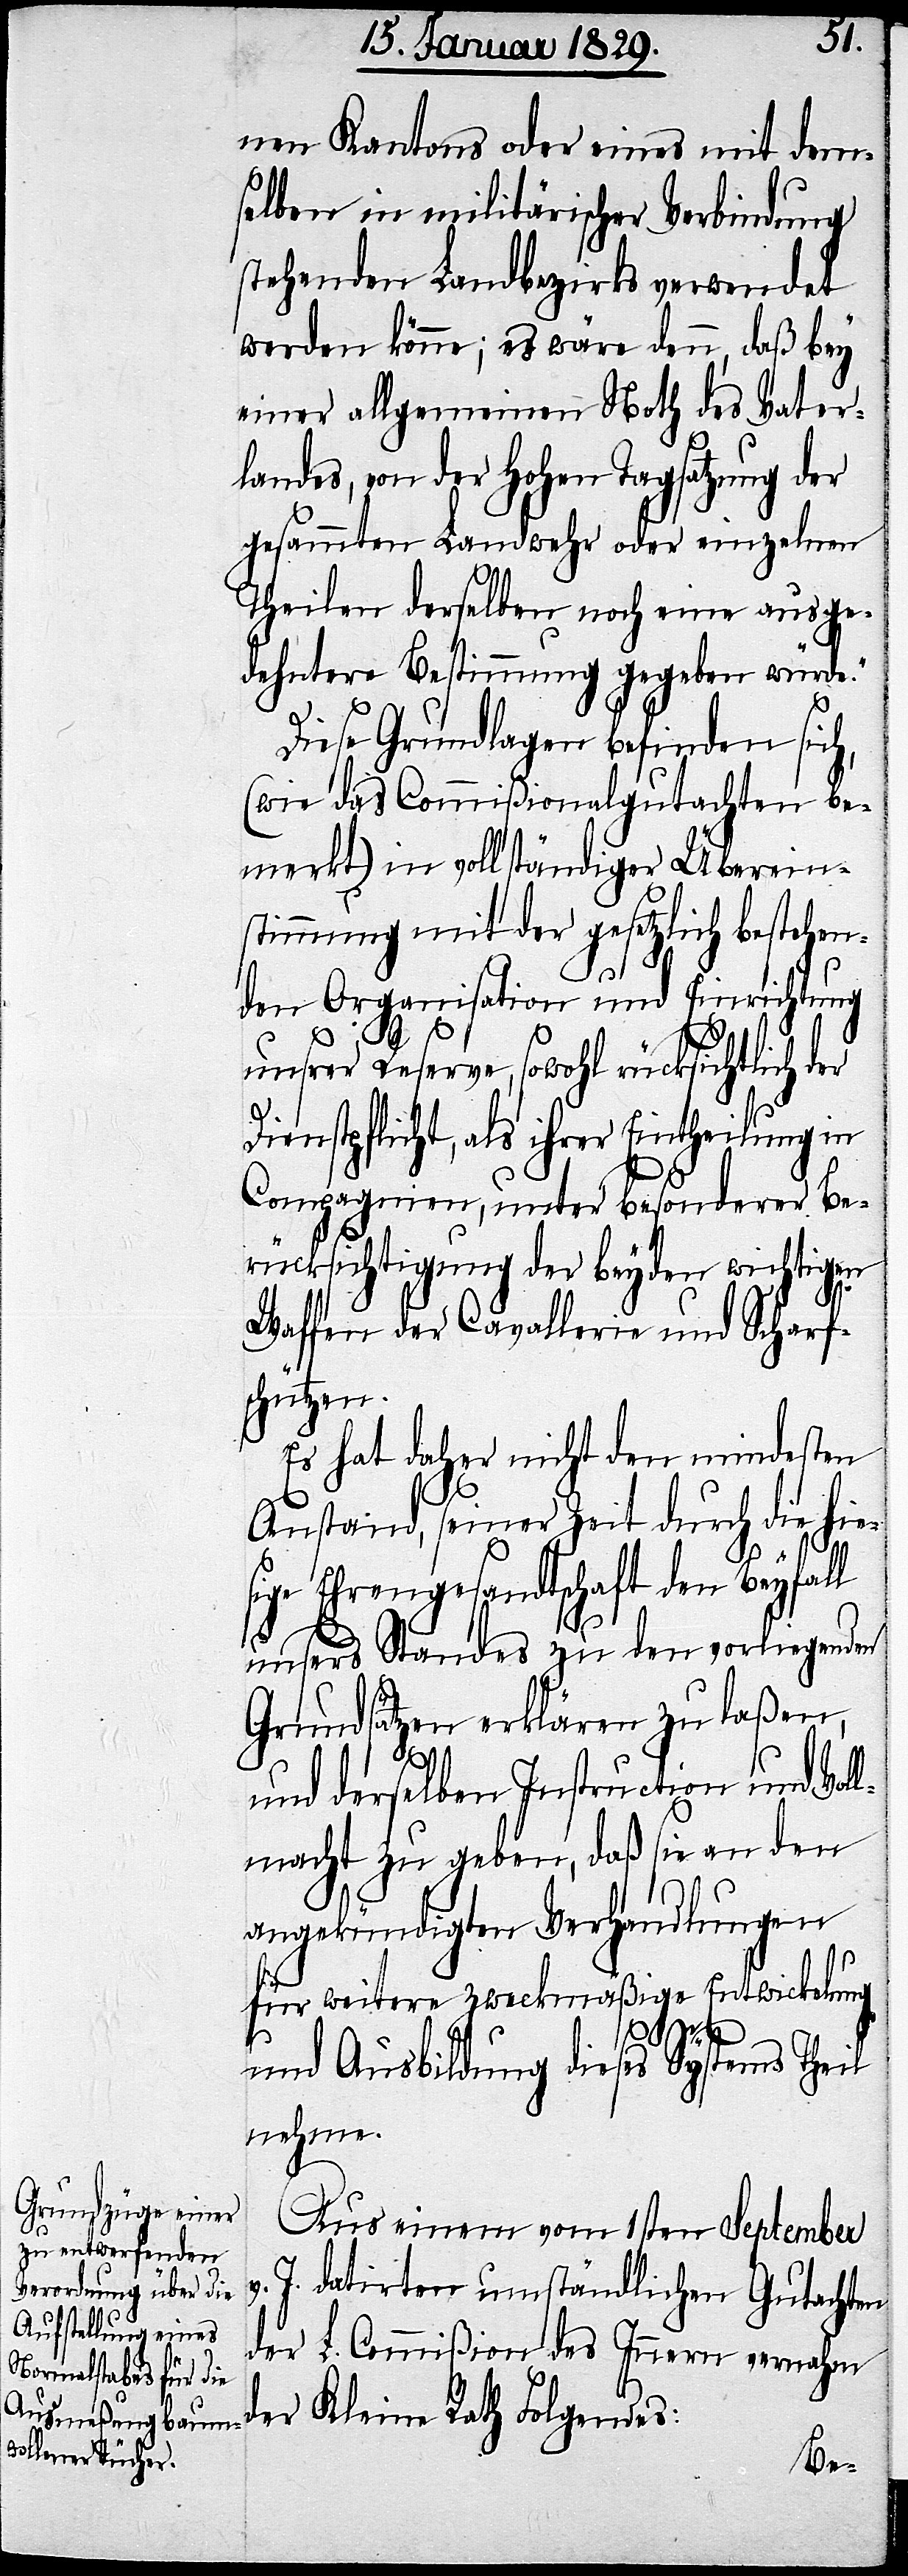
nen Kantons oder eines mit dem¬
selben in militärischer Verbindung
stehenden Landbezirks verwendet
werde könne; es wäre denn, daß bey
einer allgemeinen Noth des Vater¬
landes, von der Hohen Tagsatzung der
gesammten Landwehr oder einzelnen
Theilen derselben noch eine ausge¬
dehntere Bestimmung gegeben würde.“
Diese Grundlagen befinden sich,
(wie das Commißionalgutachten be¬
merkt) in vollständiger Überein¬
stimmung mit der gesetzlich bestehen¬
den Organisation und Einrichtung
unsrer Reserve, sowohl rücksichtlich der
Dienstpflicht, als ihrer Eintheilung in
Compagnien, unter besonderer Be¬
rücksichtigung der beyden wichtigen
Waffen der Cavallerie und Scharf¬
schützen.
Es hat daher nicht den mindesten
Anstand, seiner Zeit durch die hie¬
sige Ehrengesandtschaft den Beyfall
unsers Standes zu den vorliegenden
Grundsätzen erklären zu laßen,
und derselben Instruction und Vol¬
lmacht zu geben, daß sie an den
angekündigten Verhandlungen
für weitere zweckmäßige Entwicklung
und Ausbildung dieses Systems Theil
nehme.
Aus einem vom 1sten September
J. datirten umständlichen Gutachten
der L. Commißion des Innern vernahm
der Kleine Rath Folgendes: